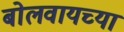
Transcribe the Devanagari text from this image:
बोलवायच्या